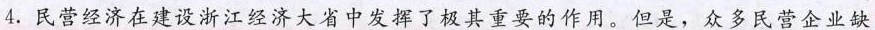
4.民营经济在建设浙江经济大省中发挥了极其重要的作用。但是，众多民营企业缺